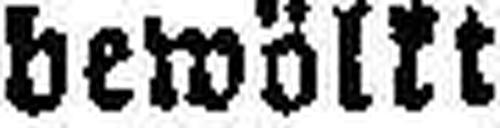
bewölkt